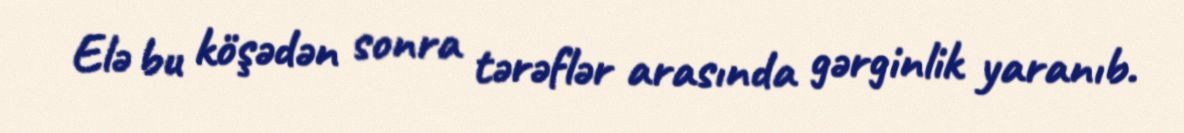
Elə bu köşədən sonra tərəflər arasında gərginlik yaranıb.